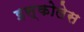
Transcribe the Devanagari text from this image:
इस्कोलेस